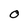
Character: O